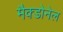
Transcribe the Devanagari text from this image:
मैक्डोनेल